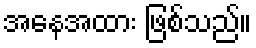
အနေအထား ဖြစ်သည်။